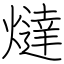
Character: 燵